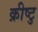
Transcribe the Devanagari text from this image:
क्रीष्टु